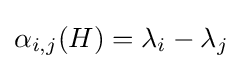
\alpha _{i,j}(H)=\lambda _{i}-\lambda _{j}